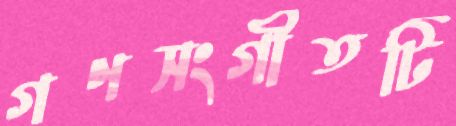
গণসংগীতটি